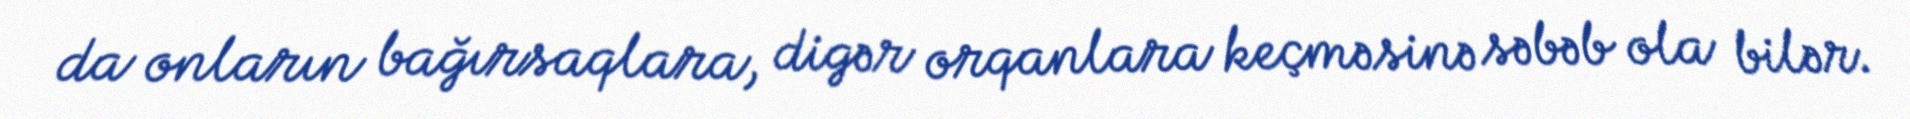
da onların bağırsaqlara, digər orqanlara keçməsinə səbəb ola bilər.